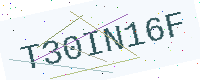
Text: T30IN16F